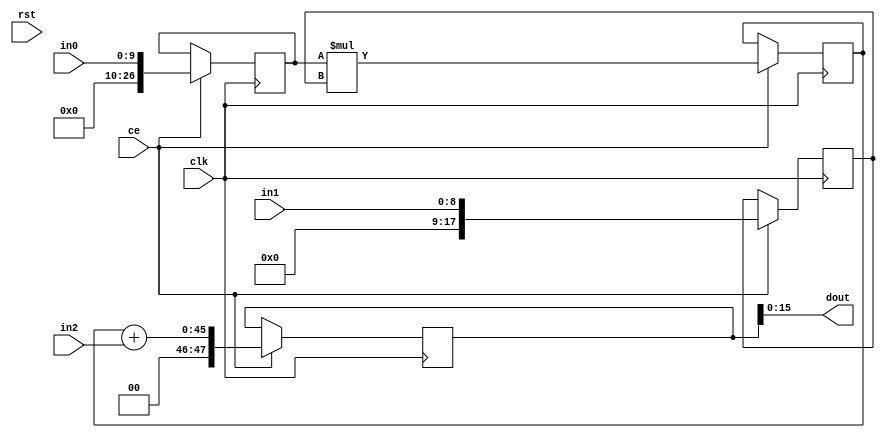
`define EXPONENT 5
`define MANTISSA 10
`define ACTUAL_MANTISSA 11
`define EXPONENT_LSB 10
`define EXPONENT_MSB 14
`define MANTISSA_LSB 0
`define MANTISSA_MSB 9
`define MANTISSA_MUL_SPLIT_LSB 3
`define MANTISSA_MUL_SPLIT_MSB 9
`define SIGN 1
`define SIGN_LOC 15
`define DWIDTH (`SIGN+`EXPONENT+`MANTISSA)
`define IEEE_COMPLIANCE 1

  module td_fused_top_mac_muladd_10s_9ns_8ns_16_4_1_DSP48_0(
    input clk,
    input rst,
    input ce,
    input  [10 - 1:0] in0,
    input  [9 - 1:0] in1,
    input  [8 - 1:0] in2,
    output [16 - 1:0]  dout);

wire  [27 - 1:0]     a;
wire  [18 - 1:0]     b;
wire  [48 - 1:0]     c;
wire  [45 - 1:0]     m;
wire  [48 - 1:0]     p;
reg   [45 - 1:0]     m_reg;
reg   [27 - 1:0]     a_reg;
reg   [18 - 1:0]     b_reg;
reg   [48 - 1:0]     p_reg;

assign a  = (in0);
assign b  = (in1);
assign c  = (in2);

assign m  = a_reg * b_reg;
assign p  = m_reg + c;

always @(posedge clk) begin
    if (ce) begin
        m_reg  <= m;
        a_reg  <= a;
        b_reg  <= b;
        p_reg  <= p;
    end
end

assign dout = p_reg;

endmodule